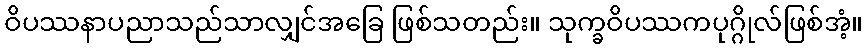
ဝိပဿနာပညာသည်သာလျှင်အခြေ ဖြစ်သတည်း။ သုက္ခဝိပဿကပုဂ္ဂိုလ်ဖြစ်အံ့။